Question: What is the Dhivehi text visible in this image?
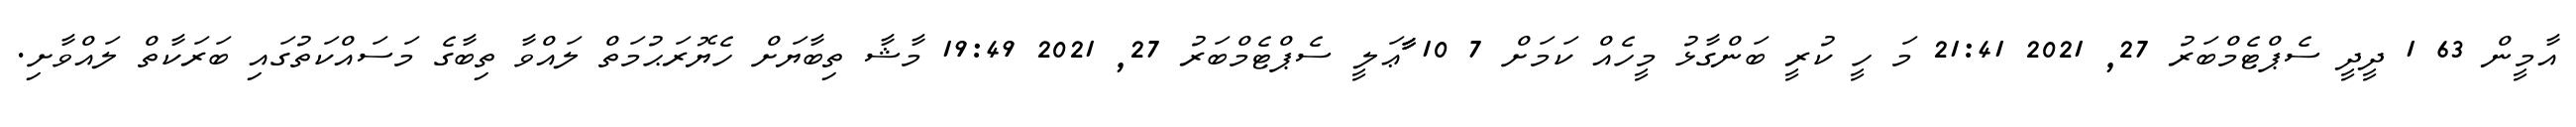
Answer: އާމީން 63 1 ދީދީ ސެޕްޓެމްބަރު 27, 2021 21:41 މަ ހީ ކުރީ ބަންގާޅު މީހެއް ކަމަށް 7 10 ާާާޢަލީ ސެޕްޓެމްބަރު 27, 2021 19:49 މާޝާ ތިބާޔަށް ހެޔޮރަޙުމަތް ލައްވާ ތިބާގެ މަސައްކަތުގައި ބަރަކާތް ލައްވާށި.